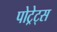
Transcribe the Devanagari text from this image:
पोट्रेट्स